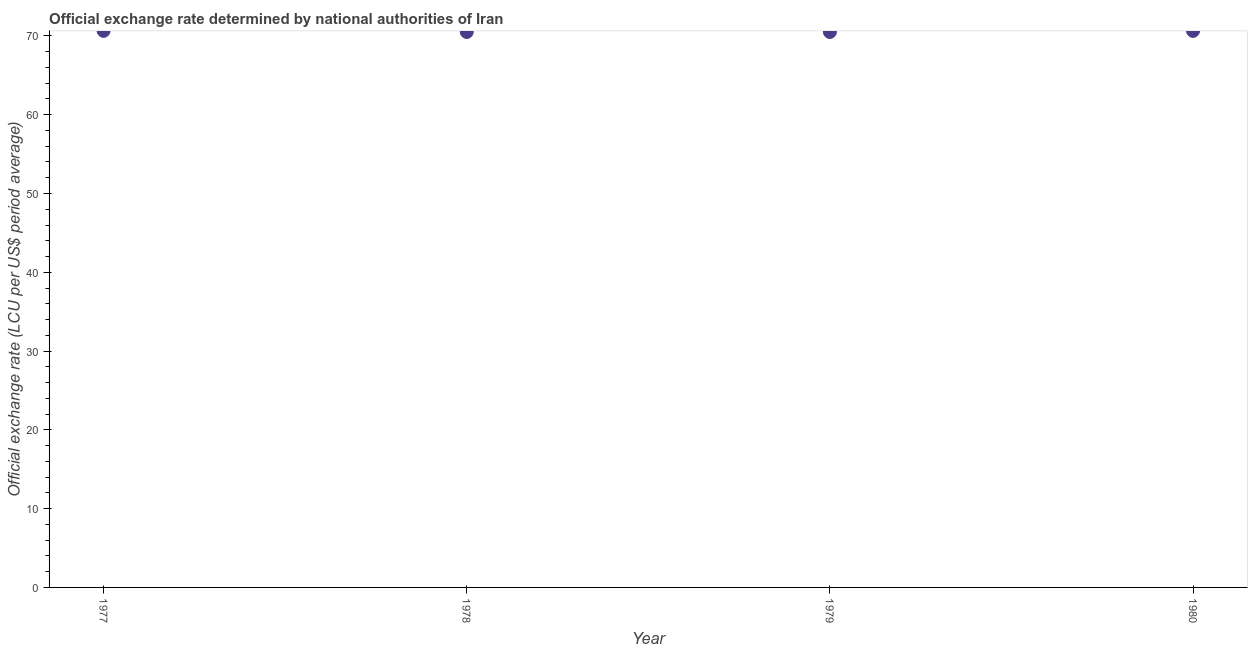
| Year | Official exchange rate |
 | --- | --- |
 | 1977 | 70.6 |
 | 1978 | 70.5 |
 | 1979 | 70.5 |
 | 1980 | 70.6 |